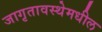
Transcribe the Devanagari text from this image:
जागृतावस्थेमधील